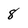
Character: 8